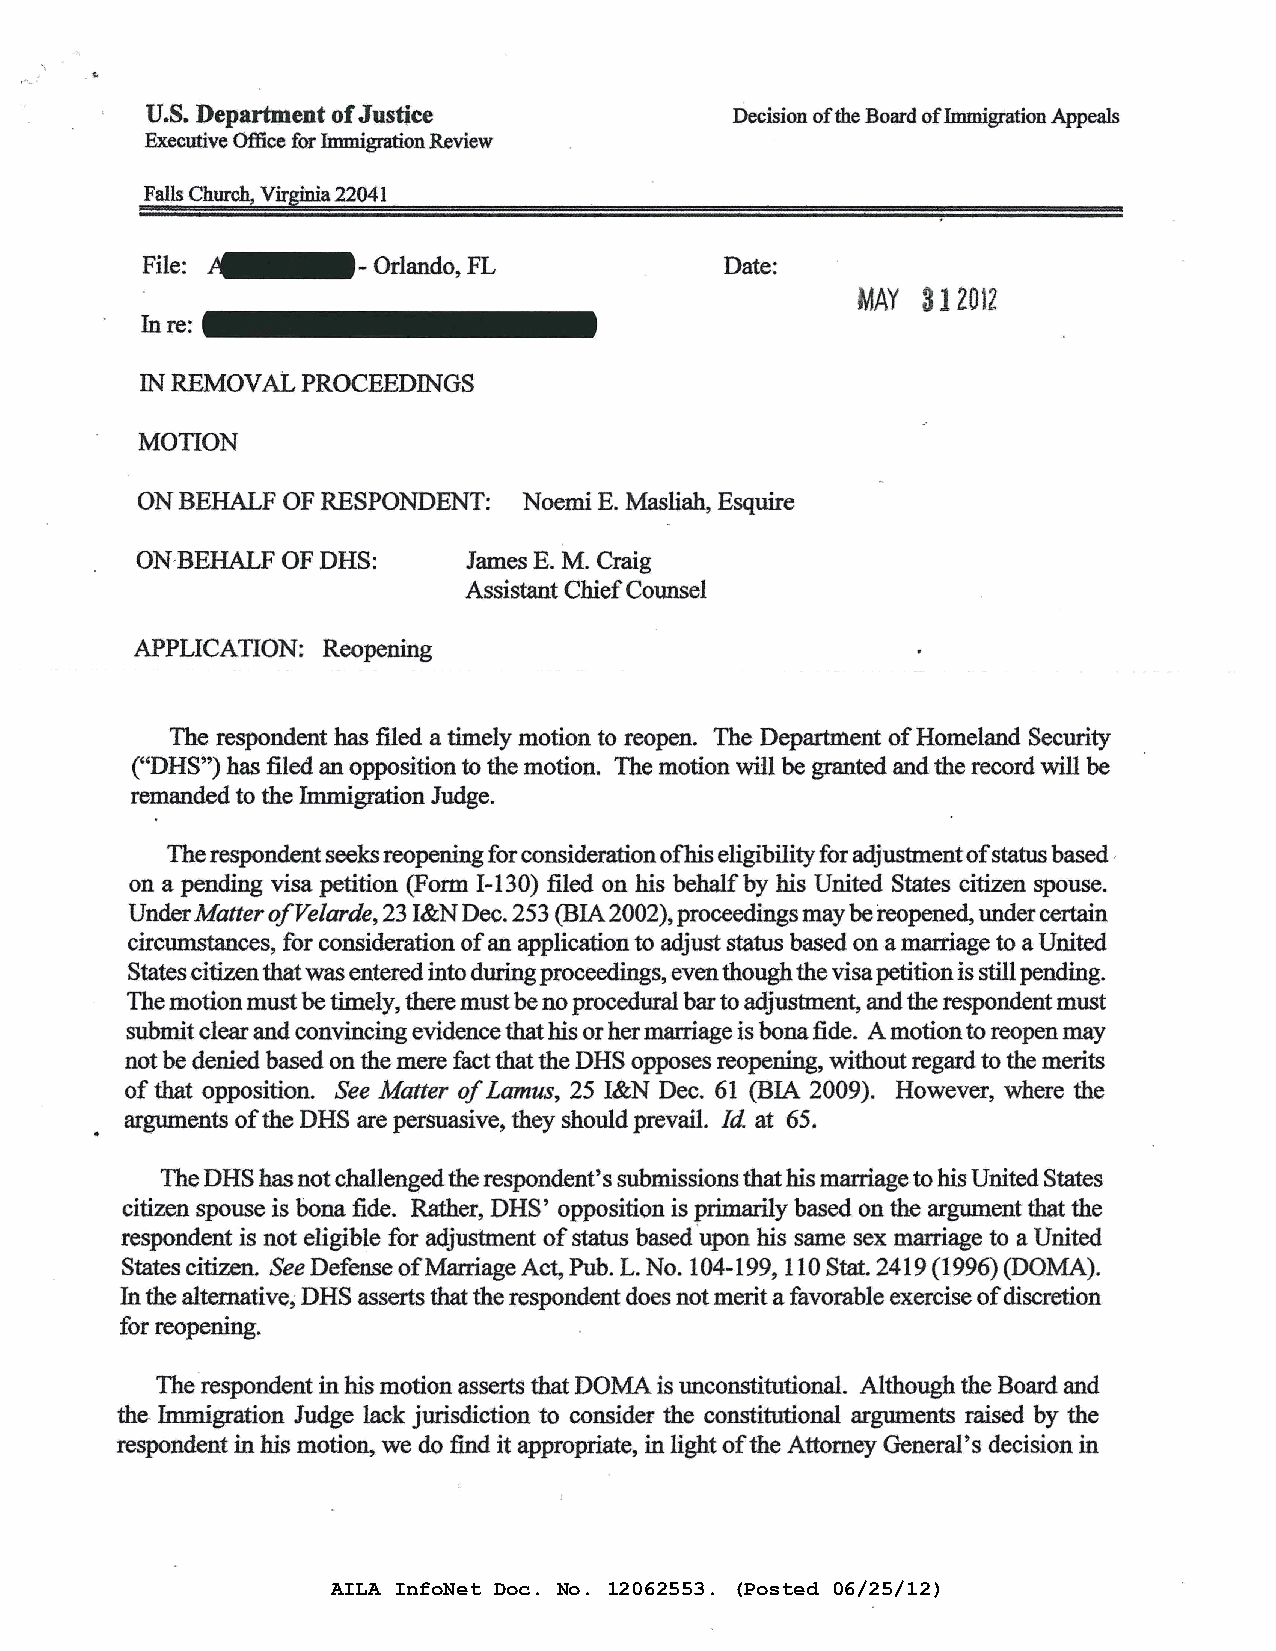
U.S. Department of Justice             Decision of the Board of Immigration Appeals
 Executive Office for Immigration Review
 Falls Church, Virginia 2204 I
 File: --Orlando,     FL               Date:
 MAY 31 2012
 Inre:
 IN REMOVAL PROCEEDINGS
 MOTION
 ON BEHALF OF RESPONDENT:  Noemi E. Masliah, Esquire
 ON-BEHALF OF DHS:     James E. M. Craig
 Assistant Chief Counsel
 APPLICATION: Reopening
 The respondent has filed a timely motion to reopen. The Department of Homeland Security
 ("DHS") has filed an opposition to the motion. The motion will be granted and the record will be
 remanded to the Immigration Judge.
 The respondent seeks reopening for consideration ofhis eligibility for adjustment ofs tatus based ,
 on a pending visa petition (Form I-130) filed on his behalf by his United States citizen spouse.
 Under Matter ofVelarde, 23 I&N Dec. 253 (BIA 2002), proceedings may be reopened, under certain
 circumstances, for consideration of an application to adjust status based on a marriage to a United
 States citizen that was entered into during proceedings, even though the visa petition is still pending.
 The motion must be timely, there must be no procedural bar to adjustment, and the respondent must
 submit clear and convincing evidence that his or her marriage is bona fide. A motion to reopen may
 not be denied based on the mere fact that the DHS opposes reopening, without regard to the merits
 of that opposition. See Matter of Lamus, 25 I&N Dec. 61 (BIA 2009). However, where the
 arguments of the DHS are persuasive, they should prevail. Id at 65.
 The DHS has not challenged the respondent's submissions that his marriage to his United States
 citizen spouse is bona fide. Rather, DHS' opposition is primarily based on the argument that the
 respondent is not eligible for adjustment of status based 'upon his same sex marriage to a United
 States citizen. See Defense of Marriage Act, Pub. L. No. 104-199, 110 Stat. 2419 (1996) (DOMA).
 In the alternative; DHS asserts that the respondent does not merit a favorable exercise of discretion
 for reopening.
 The respondent in his motion asserts that DOMA is unconstitutional. Although the Board and
 the. Immigration Judge lack jurisdiction to consider the constitutional arguments raised by the
 respondent in his motion, we do find it appropriate, in light of the Attorney General's decision in
 AILA InfoNet Doc. No. 12062553. (Posted 06/25/12)